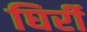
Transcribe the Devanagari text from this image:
घिर्री